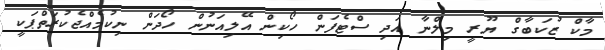
މާކް ޒުކަބާގް ޔޫރީ މިލްނާ އަދި ސްޓެފަން ހޯކިން އޭލިއަނުން ހޯދަން ނިކުމެއްޖެކުރަތްޕަކީ